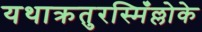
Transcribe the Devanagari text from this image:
यथाक्रतुरस्मिँल्लोके